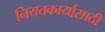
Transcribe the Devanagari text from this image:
नियतकार्यासाठी